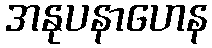
အနုပနာဟေန